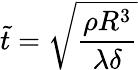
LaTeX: \tilde{t}=\sqrt{\frac{\rho R^{3}}{\lambda\delta}}